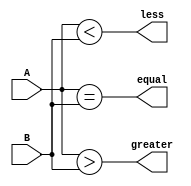
module comparator_4bit (
    input [3:0] A,
    input [3:0] B,
    output equal,
    output greater,
    output less
);

assign equal = (A == B);
assign greater = (A > B);
assign less = (A < B);

endmodule